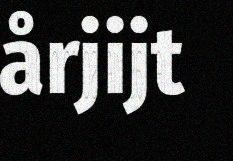
årjijt